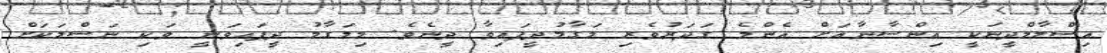
އިސްލާމްދީނަކީ އިންސާނާއަށް އެންމެ ގަދަރުވެރި މަގާމުދީފައިވާ ދީނެވެ. މިމަގާމު ދީފައިވަނީ ވަކި ނަސްލަކަށް